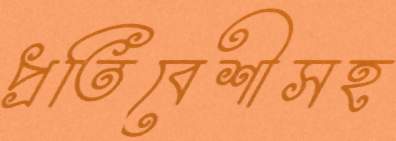
প্রতিবেশীসহ